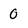
Character: 0